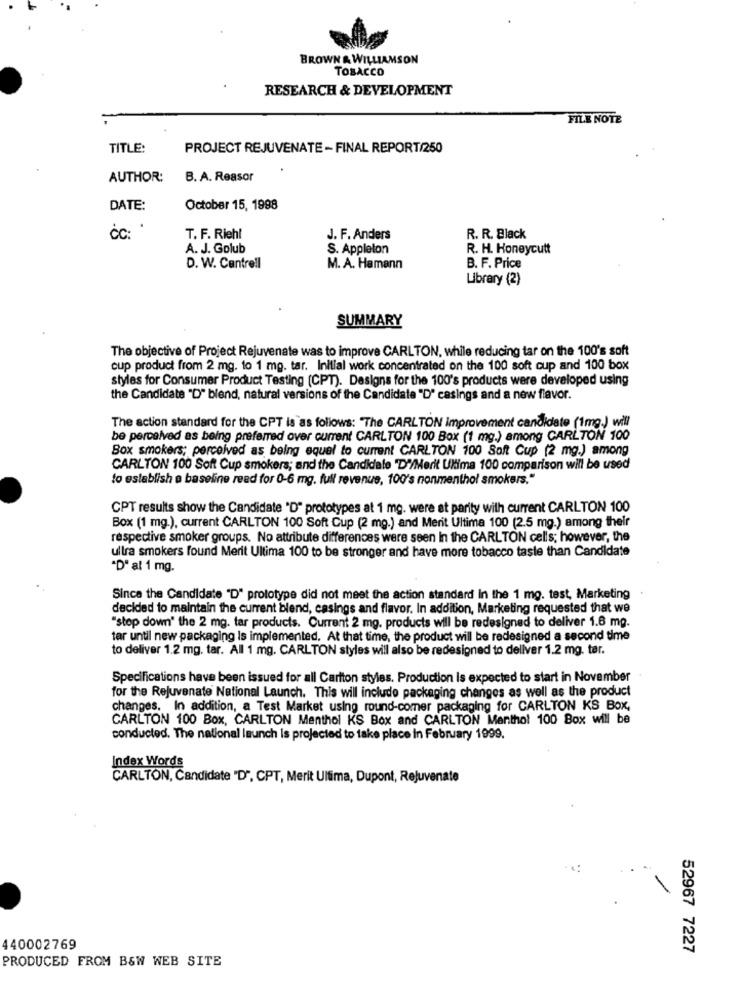
BROWN & WILLIAMSON
TOBACCO
RESEARCH & DEVELOPMENT
FILE NOTE
TITLE:
PROJECT REJUVENATE - FINAL REPORT/250
AUTHOR:
B. A. Reasor
DATE:
October 15, 1998
.
T. F. Riehl
J. F. Anders
R. R. Black
A. J. Golub
S. Appleton
R. H. Honeycutt
D. W. Cantrell
M. A. Hamann
B. F. Price
Library (2)
SUMMARY
The objective of Project Rejuvenate was to improve CARLTON, while reducing tar on the 100's soft
cup product from 2 mg. to 1 mg. tar. Initial work concentrated on the 100 soft cup and 100 box
styles for Consumer Product Testing (CPT). Designs for the 100's products were developed using
the Candidate "D" blend, natural versions of the Candidate "D" casings and a new flavor.
The action standard for the CPT is as follows: "The CARLTON Improvement candidate (1mg.) will
be perceived as being preferred over current CARLTON 100 Box (1 mg.) among CARLTON 100
Box smokers; perceived as being equel to current CARLTON 100 Soft Cup (2 mg.) among
CARLTON 100 Soft Cup smokers; and the Candidate "D'/Merit Ultima 100 comparison will be used
to establish a baseline read for 0-6 mg. full revenue, 100's nonmenthol smokers."
CPT results show the Candidate "D" prototypes at 1 mo. were at parity with current CARLTON 100
Box (1 mg.), current CARLTON 100 Soft Cup (2 mg.) and Merit Ultima 100 (2.5 mg.) among their
respective smoker groups. No attribute differences were seen In the CARLTON cells; however, the
ultra smokers found Merit Ultima 100 to be stronger and have more tobacco taste than Candidate
"D' al 1 mg.
Since the Candidate "D" prototype did not meet the action standard In the 1 mg. test, Marketing
decided to maintain the current blend, casings and flavor. In addition, Marketing requested that we
"stop down' the 2 mg. tar products. Current 2 mg. products will be redesigned to deliver 1.6 mg.
tar until new packaging is implemented. At that time, the product will be redesigned a second time
to deliver 1.2 mg. tar. All 1 mg. CARLTON styles will also be redesigned to deliver 1.2 mg. tar.
Specifications have been issued for all Carlton styles. Production Is expected to start in November
for the Rejuvenate National Launch. This will include packaging changes as well as the product
changes. In addition, a Test Market using round-comer packaging for CARLTON KS Box,
CARLTON 100 Box, CARLTON Menthol KS Box and CARLTON Menthol 100 Box will be
conducted. The national launch is projected to take place in February 1999.
Index Words
CARLTON, Candidate "D", CPT, Merit Ultima, Dupont, Rejuvenate
440002769
52967 7227
PRODUCED FROM B&W WEB SITE